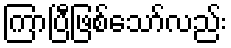
ကြာပြီဖြစ်သော်လည်း